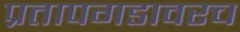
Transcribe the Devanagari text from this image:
प्रतापगडावरच